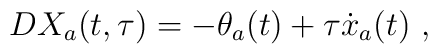
DX_{a}(t,\tau) = - \theta_{a}(t) + \tau {\dot{x}}_{a}(t) \ ,